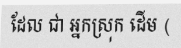
ដែល ជា អ្នកស្រុក ដើម (